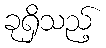
ခုရှိသည့်